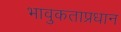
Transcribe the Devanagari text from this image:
भावुकताप्रधान